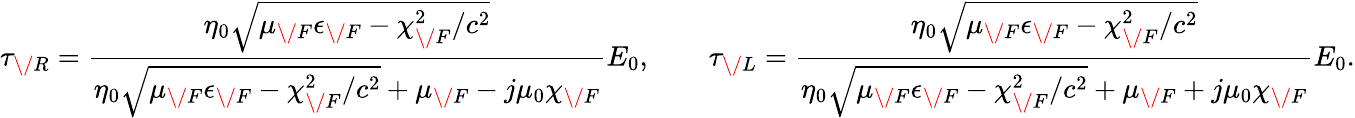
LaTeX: \tau_{\/ R}=\frac{\eta_{0}\sqrt{\mu_{\/ F}\epsilon_{\/ F}-\chi_{\/ F}^{2}/c^{2}}}{\eta_{0}\sqrt{\mu_{\/ F}\epsilon_{\/ F}-\chi_{\/ F}^{2}/c^{2}}+\mu_{\/ F}-j\mu_{0}\chi_{\/ F}}E_{0},\qquad\tau_{\/ L}=\frac{\eta_{0}\sqrt{\mu_{\/ F}\epsilon_{\/ F}-\chi_{\/ F}^{2}/c^{2}}}{\eta_{0}\sqrt{\mu_{\/ F}\epsilon_{\/ F}-\chi_{\/ F}^{2}/c^{2}}+\mu_{\/ F}+j\mu_{0}\chi_{\/ F}}E_{0}.